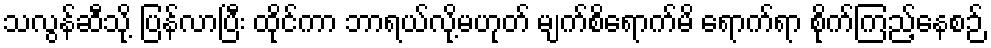
သလွန်ဆီသို့ ပြန်လာပြီး ထိုင်ကာ ဘာရယ်လို့မဟုတ် မျက်စိရောက်မိ ရောက်ရာ စိုက်ကြည့်နေစဉ်